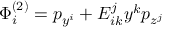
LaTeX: \Phi _ { i } ^ { \left( 2 \right) } = p _ { y ^ { i } } + E _ { i k } ^ { j } y ^ { k } p _ { z ^ { j } }